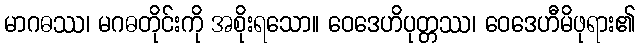
မာဂဓဿ၊ မဂဓတိုင်းကို အစိုးရသော။ ဝေဒေဟိပုတ္တဿ၊ ဝေဒေဟီမိဖုရား၏